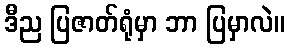
ဒီည ပြဇာတ်ရုံမှာ ဘာ ပြမှာလဲ။